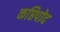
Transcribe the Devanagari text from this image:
कप्तिपोद